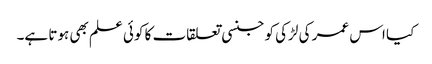
کیا اس عمر کی لڑکی کو جنسی تعلقات کا کوئی علم بھی ہوتا ہے۔